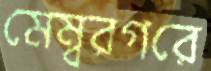
মেম্বরগরে